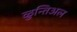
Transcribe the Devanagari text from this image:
ळुन्तिअल